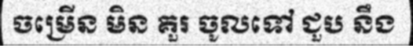
ចម្រើន មិន គួរ ចូលទៅ ជួប នឹង